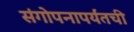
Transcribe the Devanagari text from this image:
संगोपनापर्यंतची